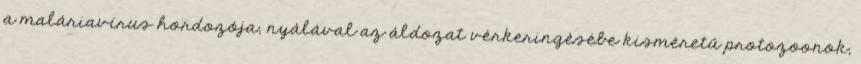
a maláriavírus hordozója; nyálával az áldozat vérkeringésébe kisméretű protozoonok,